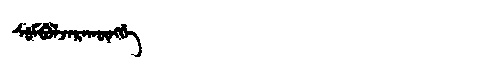
Manchu: ᠰᡠᠮᠪᡠᠯᠵᠠᡵᠠᡴᡡᠩᡤᡝ
Romanization: SUMBULJARAKŪNGGE